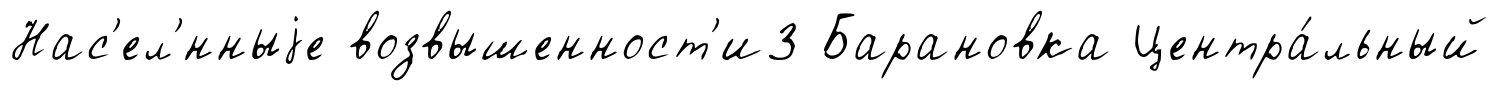
Нас'ел'́нныjе возвышенност'и3 Барановка Центра́льный